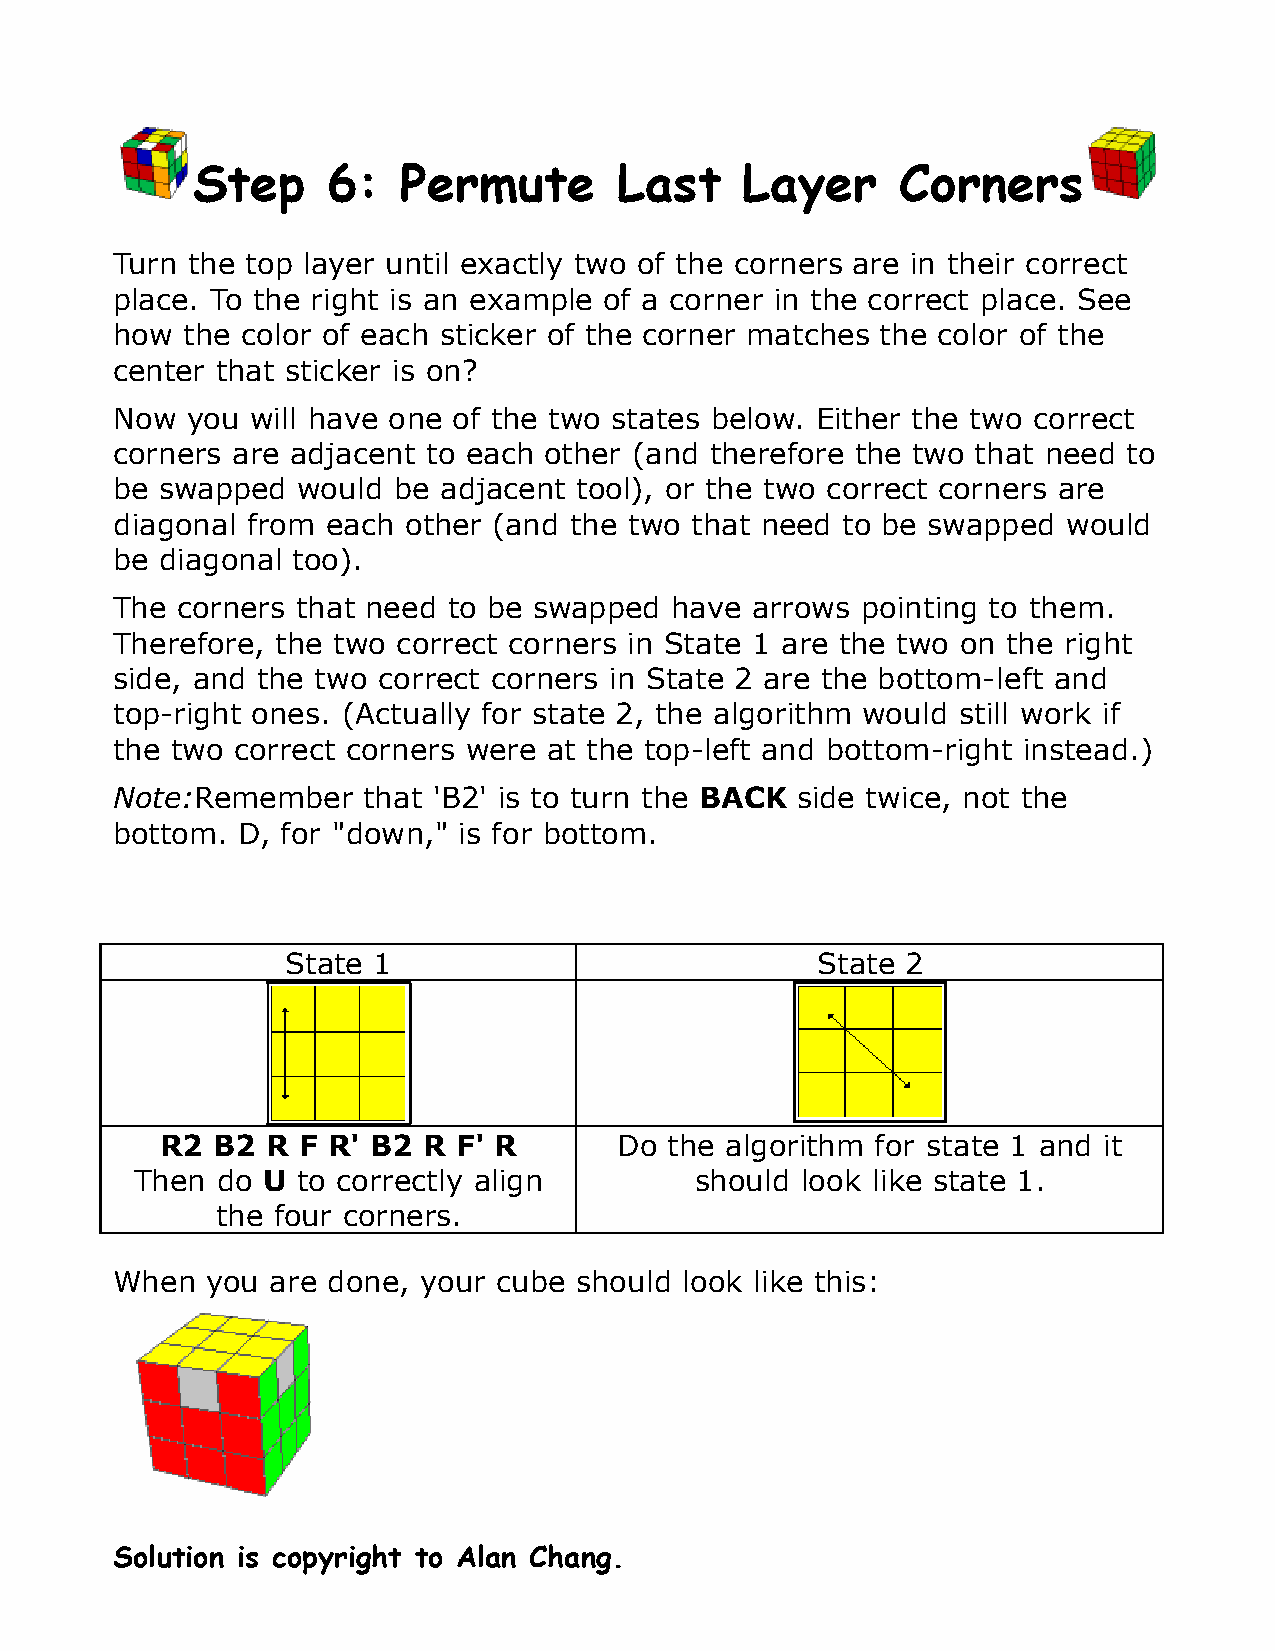
����������������������������������
 ������������������������������������������������������������������������
 �����������������������������������������������������������������������
 ��������������������������������������������������������������������
 ���������������������������
 ���������������������������������������������������������������������
 ����������������������������������������������������������������������
 ������������������������������������������������������������������
 �������������������������������������������������������������������
 ������������������
 �����������������������������������������������������������������
 ����������������������������������������������������������������������
 ��������������������������������������������������������������������
 ������������������������������������������������������������������������
 �����������������������������������������������������������������������
 ���������������������������������������������������������������
 ��������������������������������������
 �������                            �������
 ����������������������        �����������������������������������
 ����������������������������         �������������������������
 �����������������
 ����������������������������������������������������
 ������������������������������������